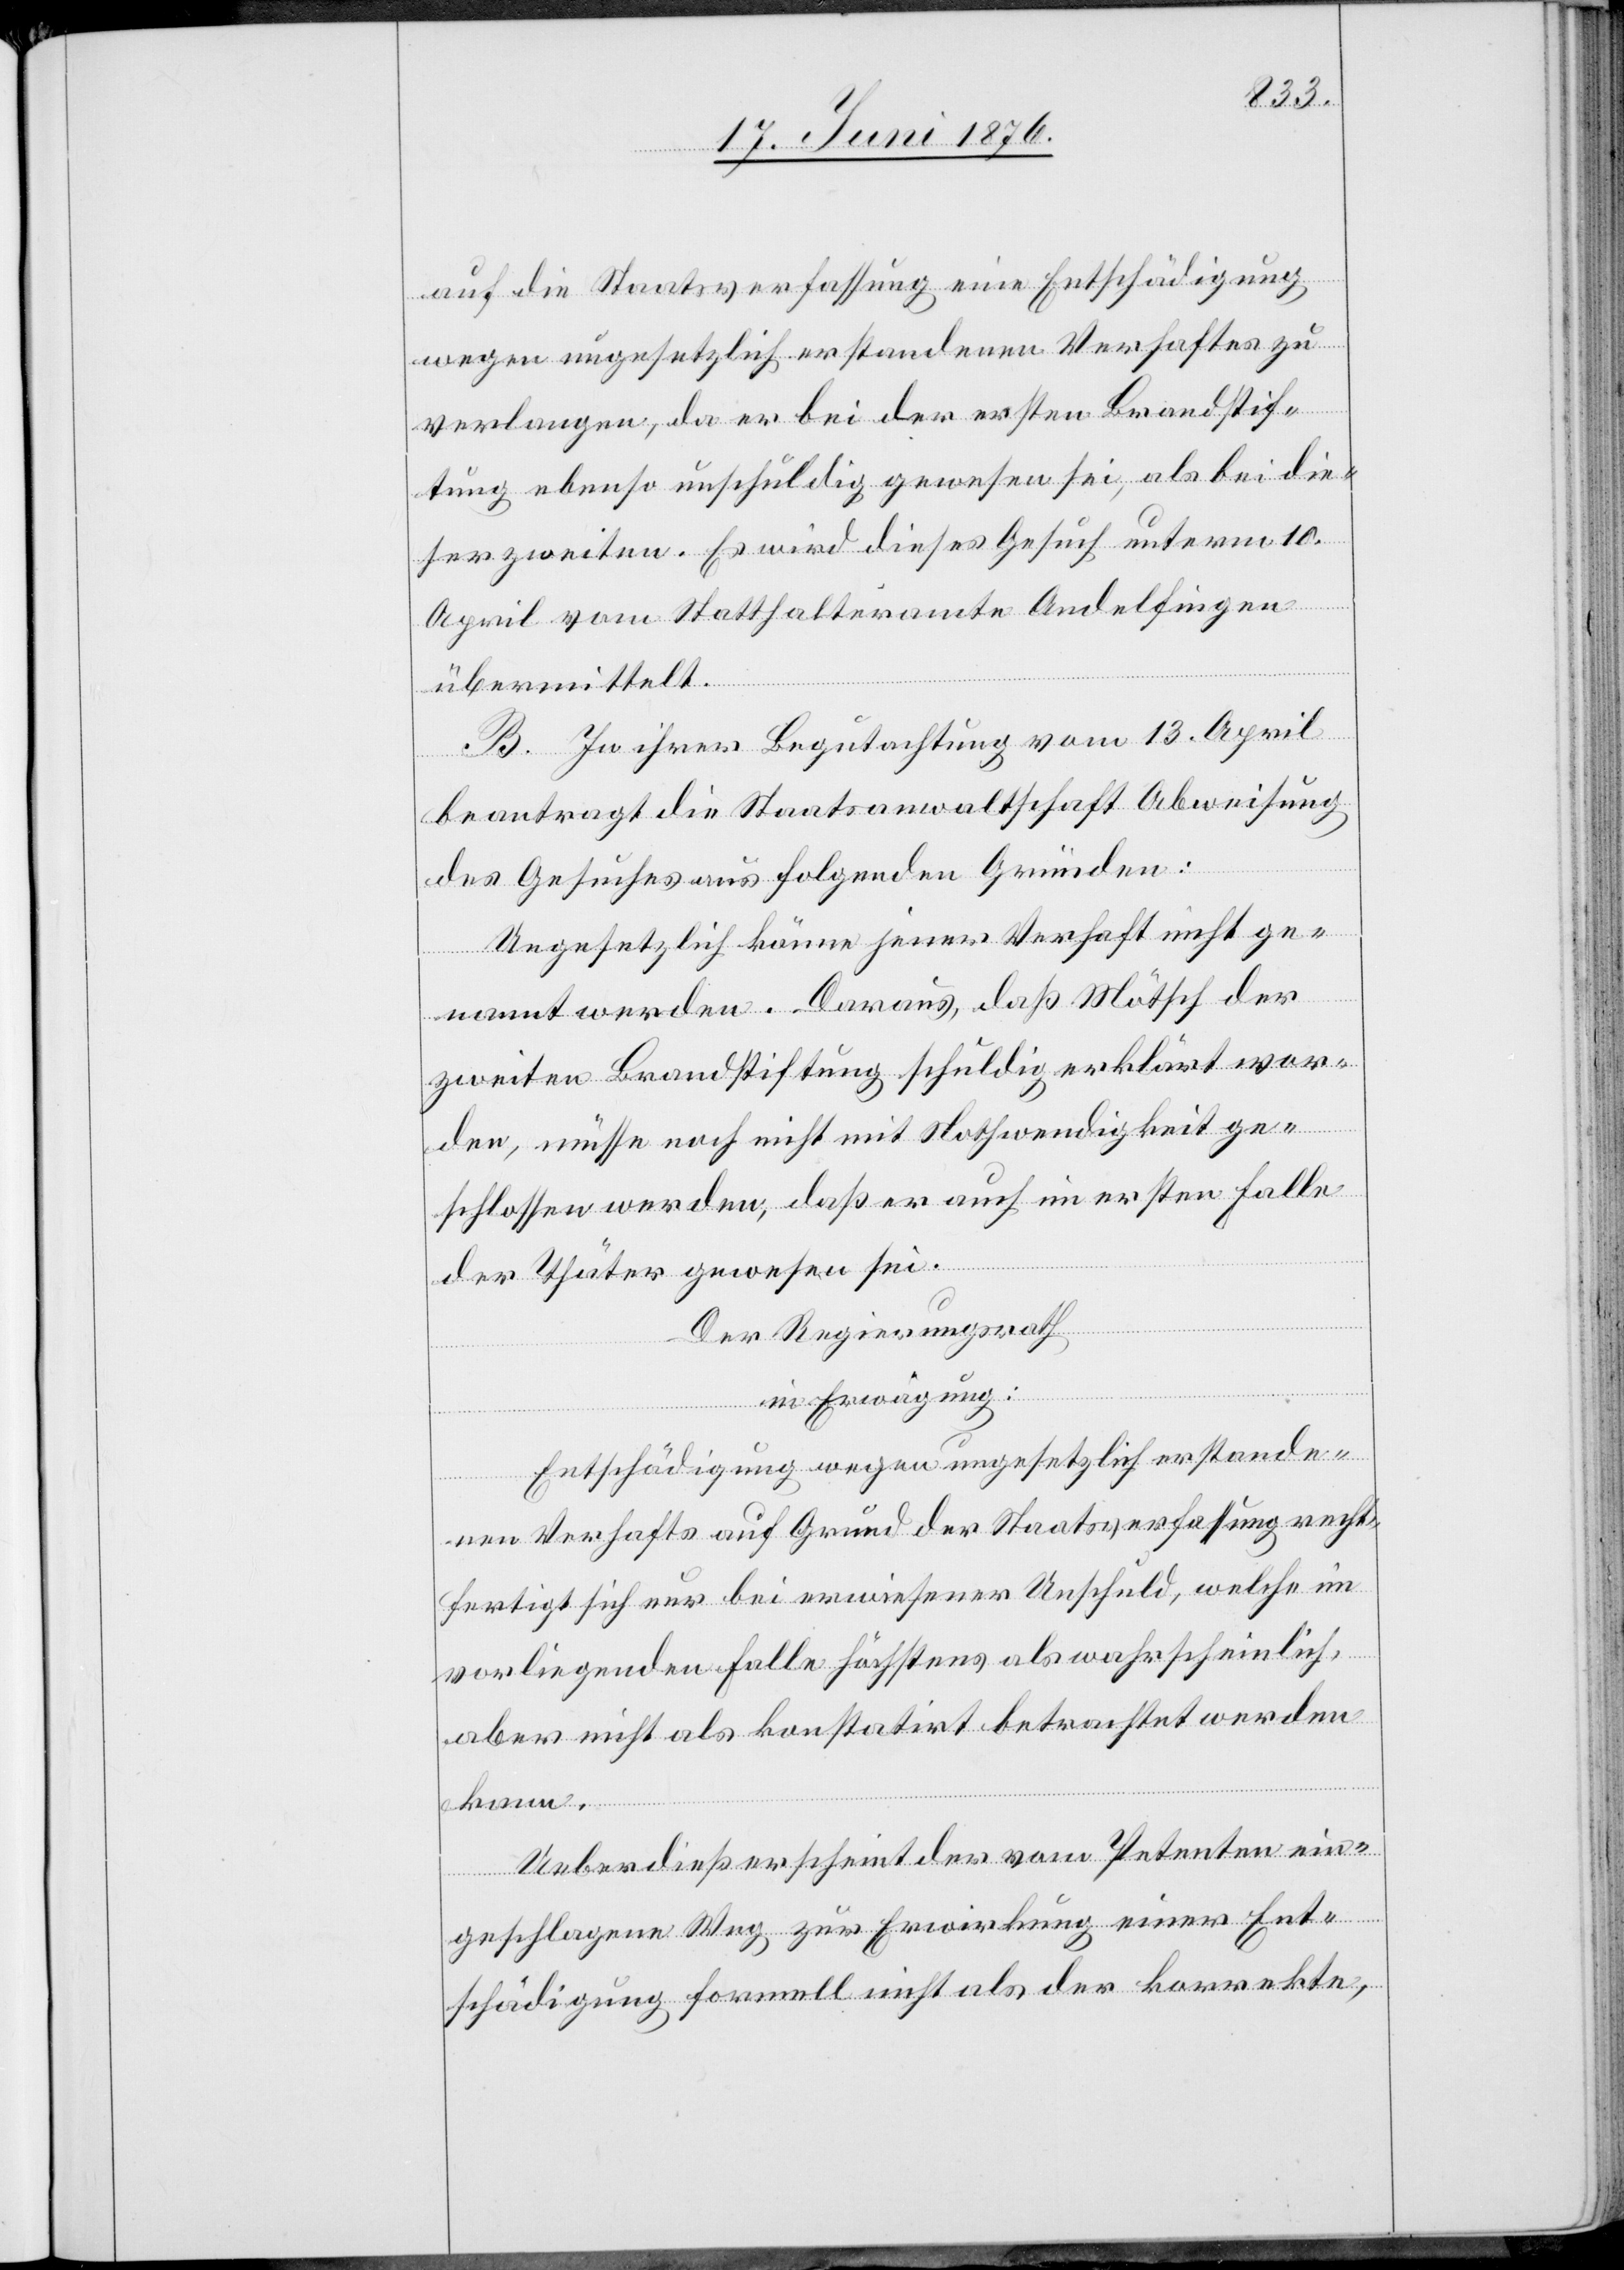
auf die Staatsverfassung eine Entschädigung
wegen ungesetzlich erstandenen Verhaftes zu
verlangen, da er bei der ersten Brandstif¬
tung ebenso unschuldig gewesen sei, als bei die¬
ser zweiten. Es wird dieses Gesuch unterm 10.
April vom Statthalteramte Andelfingen
übermittelt.
B. In ihrer Begutachtung vom 13. April
beantragt die Staatsanwaltschaft Abweisung
des Gesuches aus folgenden Gründen:
Ungesetzlich könne jener Verhaft nicht ge¬
nannt werden. Daraus, daß Mötsch der
zweiten Brandstiftung schuldig erklärt wor¬
den, müsse noch nicht mit Nothwendigkeit ge¬
schlossen werden, daß er auch im ersten Falle
der Thäter gewesen sei.
Der Regierungsrath,
in Erwägung:
Entschädigung wegen ungesetzlich erstande¬
nen Verhafts auf Grund der Staatsverfassung recht¬
fertigt sich nur bei erwiesener Unschuld, welche im
vorliegenden Falle höchstens als wahrscheinlich,
aber nicht als konstatirt betrachtet werden
kann.
Ueberdieß erscheint der vom Petenten ein¬
geschlagene Weg zur Erwirkung einer Ent¬
schädigung formell nicht als der korrekte,